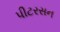
પીટરસન